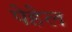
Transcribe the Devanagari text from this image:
पेहेल